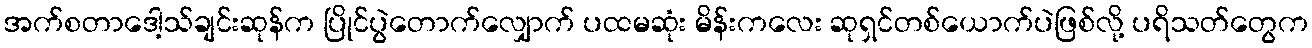
အက်စတာဒေါ့သ်ချင်းဆုန်က ပြိုင်ပွဲတောက်လျှောက် ပထမဆုံး မိန်းကလေး ဆုရှင်တစ်ယောက်ပဲဖြစ်လို့ ပရိသတ်တွေက